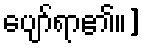
ပျော်ရာ၏။]